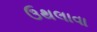
ઉથલાવા